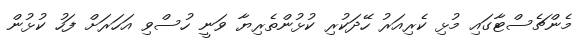
މެންޗެސްޓާގައި މުޅި ކެރިއަރު ހޭދަކުރި ކުޅުންތެރިޔާ ވަނީ ހުސްވި އަހަރަށް ފަހު ކުޅުން